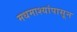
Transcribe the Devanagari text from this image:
मधमाश्यांपासून